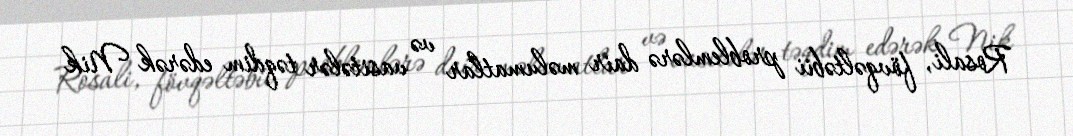
Rosali, fövqəltəbii problemlərə dair məlumatlar və vasitələr təqdim edərək Nik